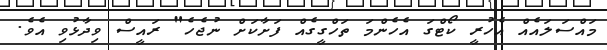
މައްސަލައެއް އެހުރީ ކޯޓްގަ އެހެންމަ ތަހްގީގެއް ފަށާކަށް ނުޖެހެ" ރައީސް ވިދާޅުވި އެވެ.